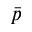
\bar { p }